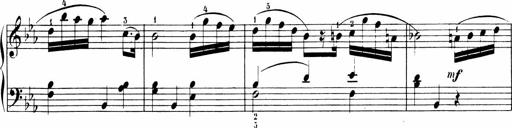
Title: Sonatinen Op.47, 98 und 136, nebst 6 Liedersonatinen
Composer: Carl Reinecke